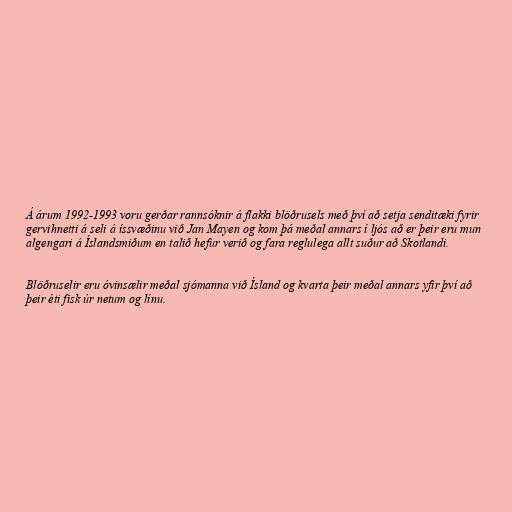
Á árum 1992-1993 voru gerðar rannsóknir á flakki blöðrusels með því að setja senditæki fyrir
gervihnetti á seli á íssvæðinu við Jan Mayen og kom þá meðal annars í ljós að er þeir eru mun
algengari á Íslandsmiðum en talið hefur verið og fara reglulega allt suður að Skotlandi.

Blöðruselir eru óvinsælir meðal sjómanna við Ísland og kvarta þeir meðal annars yfir því að
þeir éti fisk úr netum og línu.